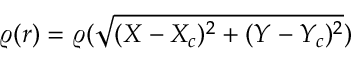
\varrho ( r ) = \varrho ( \sqrt { ( X - X _ { c } ) ^ { 2 } + ( Y - Y _ { c } ) ^ { 2 } } ) \noindent